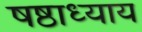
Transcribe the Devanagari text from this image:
षष्ठाध्याय